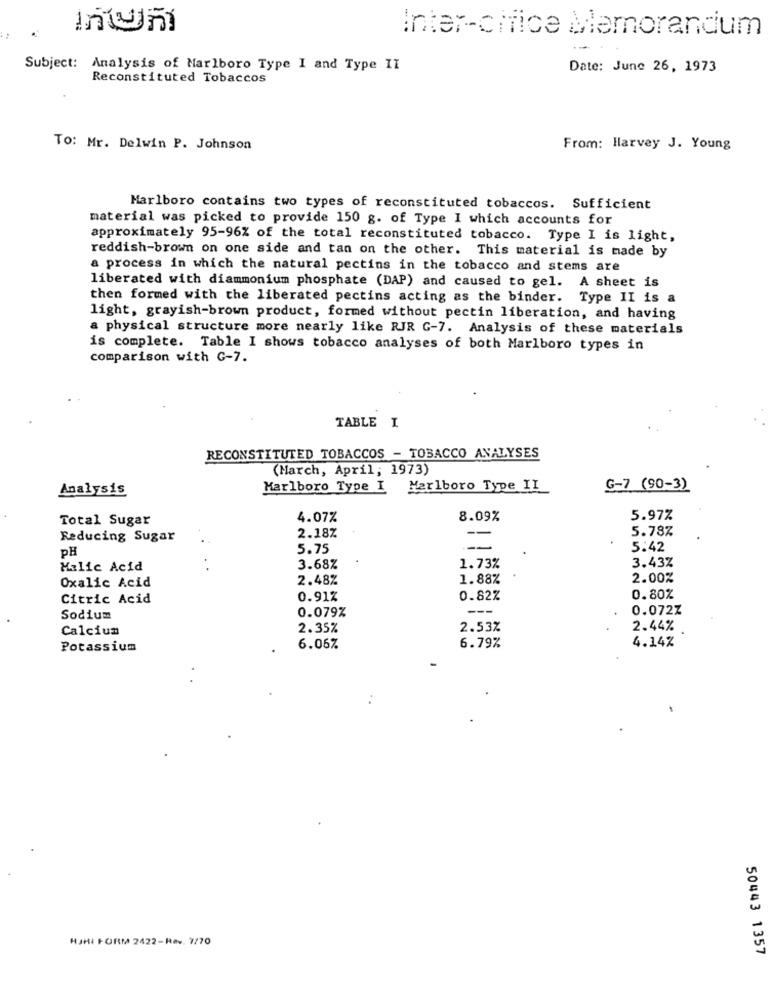
Inter-cifice Memorandum
Subject: Analysis of Marlboro Type I and Type II
Date: June 26, 1973
Reconstituted Tobaccos
TO: Mr. Delwin P. Johnson
From: Harvey J. Young
Marlboro contains two types of reconstituted tobaccos. Sufficient
material was picked to provide 150 g. of Type I which accounts for
approximately 95-96% of the total reconstituted tobacco. Type I is light,
reddish-brown on one side and tan on the other. This material is made by
a process in which the natural pectins in the tobacco and stems are
liberated with diammonium phosphate (DAP) and caused to gel. A sheet is
then formed with the liberated pectins acting as the binder. Type II is a
light, grayish-brown product, formed without pectin liberation, and having
a physical structure more nearly like RIR G-7. Analysis of these materials
is complete. Table I shows tobacco analyses of both Marlboro types in
comparison with G-7.
TABLE I
RECONSTITUTED TOBACCOS - TOBACCO ANALYSES
(March, April; 1973)
Analysis
Marlboro Type I
Marlboro Type II
G-7 (90-3)
Total Sugar
4.07%
8.09%
5.97%
2.18%
5.78%
Reducing Sugar
PH
5.75
5.42
Halic Acid
3.68%
1.73%
3.43%
2.48%
1.88%
2.00%
Oxalic Acid
Citric Acid
0.91%
0.82%
0.80%
0.079%
---
0.072Z
Sodium
Calcium
2.35%
2.53%
2.44%
4.14%
Potassium
6.06%
6.79%
HJHI FORM 2422-Rev. 7/70
50443 1357